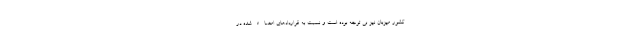
کشور میزبان نیز بی توجه بوده است و نسبت به قراردادهای امضاء شده در